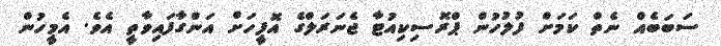
ސަބަބެއް ނެތް ކަމަށް ފުލުހުން ޕްރޮސިކިއުޓާ ޖެނަރަލްގެ އޮފީހަށް އަންގާފައިވާތީ އެވެ. އެމީހުން